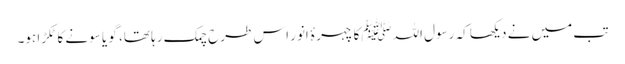
تب میں نے دیکھا کہ رسول اللہﷺکا چہرۂ انور اس طرح چمک رہا تھا، گو یا سونے کا ٹکڑا ہو۔